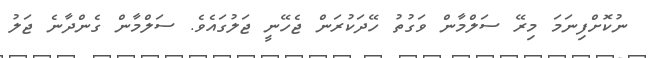
ނުކޮށްފިނަމަ މިރޭ ސަލްމާން ވަގުތު ހޭދަކުރަން ޖެހޭނީ ޖަލުގައެވެ. ސަލްމާން ގެންދާނެ ޖަލު